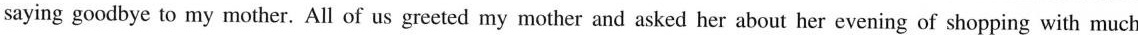
saying goodbye to my mother. All of us greeted my mother and asked her about her evening of shopping with much